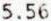
5.56